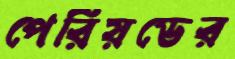
পেরিয়ডের